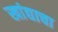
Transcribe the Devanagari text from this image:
खांद्याचा